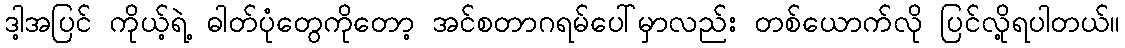
ဒါ့အပြင် ကိုယ့်ရဲ့ ဓါတ်ပုံတွေကိုတော့ အင်စတာဂရမ်ပေါ်မှာလည်း တစ်ယောက်လို ပြင်လို့ရပါတယ်။